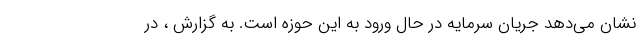
نشان می‌دهد جریان سرمایه در حال ورود به این حوزه است. به گزارش ، در